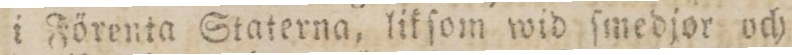
i Förenta Staterna, lik ſom wid ſmedjor och